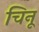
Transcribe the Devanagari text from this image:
चिनू